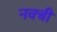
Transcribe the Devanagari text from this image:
नक्बी